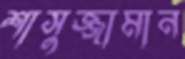
শাসুজ্জামান